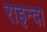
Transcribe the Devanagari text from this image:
राइन्दा